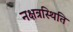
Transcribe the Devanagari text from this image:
नक्षत्रस्थिति